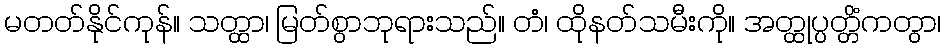
မတတ်နိုင်ကုန်။ သတ္ထာ၊ မြတ်စွာဘုရားသည်။ တံ၊ ထိုနတ်သမီးကို။ အတ္ထုပ္ပတ္တိံကတွာ၊